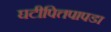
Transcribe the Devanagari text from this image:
घटीपित्तपापडा